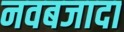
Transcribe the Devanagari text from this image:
नवबजादा